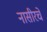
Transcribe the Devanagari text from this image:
नासीरचे